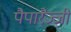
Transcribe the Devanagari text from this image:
पैपारैज्जी